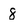
Character: 8